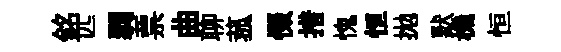
銘匹弱票曲聊菰惙措愧恒拋默機恒